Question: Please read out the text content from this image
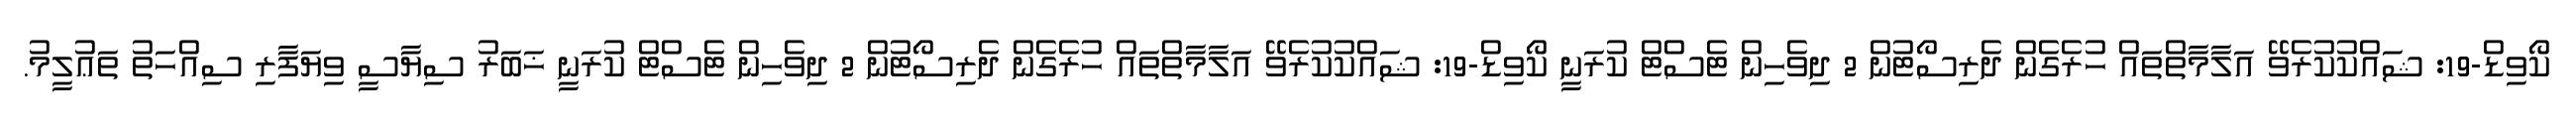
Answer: ކޯވިޑް-19: ޝައްކުކުރެވޭ އަލާމާތްތައް ހުރެގެން ދެރިސޯޓުން 2 ދިވެހިން ޓެސްޓް ކުރަނީ ކޯވިޑް-19: ޝައްކުކުރެވޭ އަލާމާތްތައް ހުރެގެން ދެރިސޯޓުން 2 ދިވެހިން ޓެސްޓް ކުރަނީ ޚަބަރު ސިޔާސީ ވިޔަފާރި ސިއްހަތު ތަޢުލީމު.